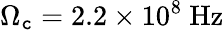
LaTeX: \Omega_{\mathtt{c}}=2.2\times10^{8}~\mathrm{{Hz}}